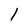
Character: l